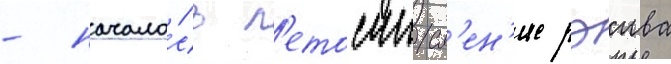
- начало́сь л'етосчисл'ен'ие рэива